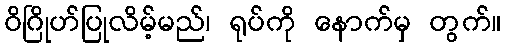
ဝိဂြိုဟ်ပြုလိမ့်မည်၊ ရုပ်ကို နောက်မှ တွက်။